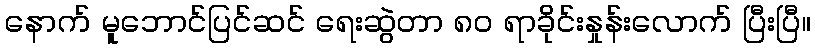
နောက် မူဘောင်ပြင်ဆင် ရေးဆွဲတာ ၈ဝ ရာခိုင်းနှုန်းလောက် ပြီးပြီ။